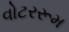
વોટરરૂમ